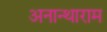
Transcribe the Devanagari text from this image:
अनान्थाराम